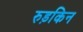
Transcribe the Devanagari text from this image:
रुड़किन